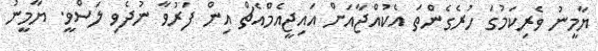
ޔާމީނު ވެރިކަމުގަ ހުރެގެންތަ އެކުއްޖާއަށް އައިޖީއެމްއެޗް އިން ފަރުވާ ނުދެވި ލަސްވީ. ޔާމީނު